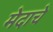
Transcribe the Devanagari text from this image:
मेदाचे